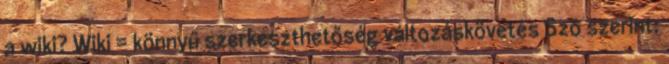
a wiki? Wiki = könnyű szerkeszthetőség változáskövetés Szó szerint: